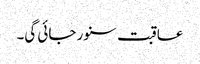
عاقبت سنور جائی گی۔